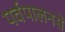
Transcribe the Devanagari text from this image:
पर्वपालनसे